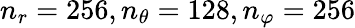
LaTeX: n_{r}=256,n_{\theta}=128,n_{\varphi}=256